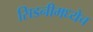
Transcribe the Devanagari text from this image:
सिडनीमध्येच